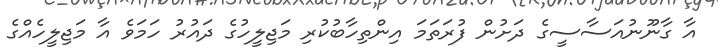
އާ ގާނޫނުއަސާސީގެ ދަށުން ފުރަތަމަ އިންތިހާބުކުރި މަޖިލީހުގެ ދައުރު ހަމަވެ އާ މަޖިލީހެއްގެ